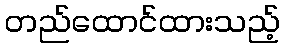
တည်ထောင်ထားသည့်